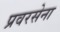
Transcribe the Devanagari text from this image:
प्रवरसेना